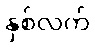
နှစ်လက်